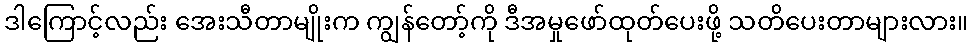
ဒါကြောင့်လည်း အေးသီတာမျိုးက ကျွန်တော့်ကို ဒီအမှုဖော်ထုတ်ပေးဖို့ သတိပေးတာများလား။